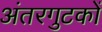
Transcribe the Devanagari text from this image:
अंतरगुटकों